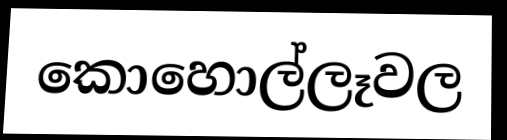
කොහොල්ලෑවල